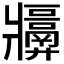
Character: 𬌑